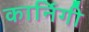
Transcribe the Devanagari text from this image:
कार्निगी